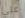
علي